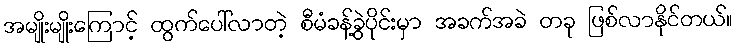
အမျိုးမျိုးကြောင့် ထွက်ပေါ်လာတဲ့ စီမံခန့်ခွဲပိုင်းမှာ အခက်အခဲ တခု ဖြစ်လာနိုင်တယ်။